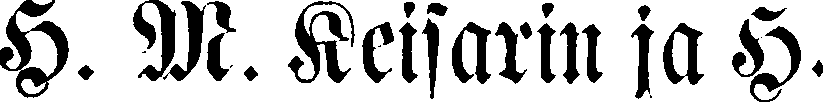
H. M. Keisarin ja H.